Annual statistical returns and brief notes on vaccination in Bengal - 1909-1929
Year: 1909
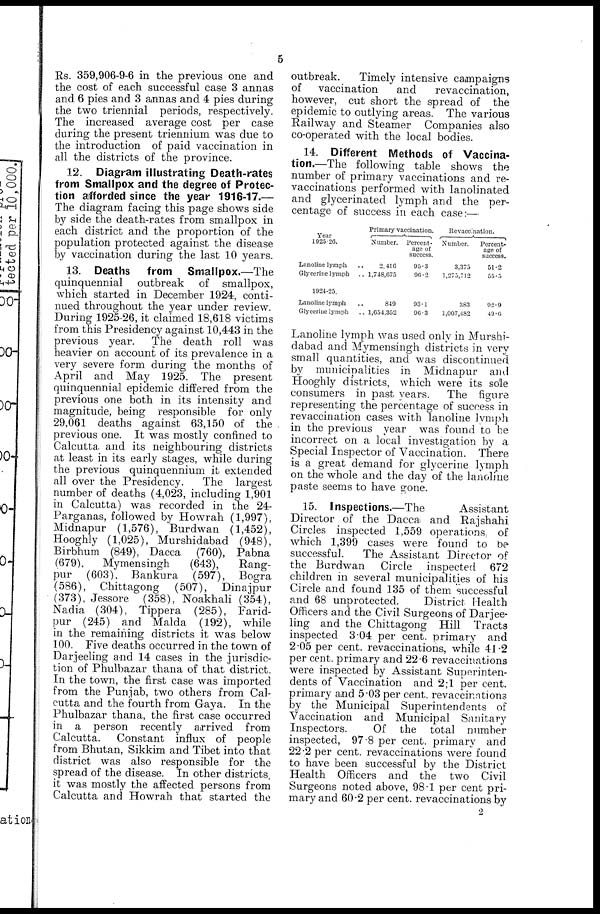
5
Rs. 359,906-9-6 in the previous one and
the cost of each successful case 3 annas
and 6 pies and 3 annas and 4 pies during
the two triennial periods, respectively.
The increased average cost per case
during the present triennium was due to
the introduction of paid vaccination in
all the districts of the province.
12. Diagram illustrating Death-rates
from Smallpox and the degree of Protec-
tion afforded since the year 1916-17.—
The diagram facing this page shows side
by side the death-rates from smallpox in
each district and the proportion of the
population protected against the disease
by vaccination during the last 10 years.
13. Deaths from Smallpox.—The
quinquennial outbreak of smallpox,
which started in December 1924, conti-
nued throughout the year under review.
During 1925-26, it claimed 18,618 victims
from this Presidency against 10,443 in the
previous year. The death roll was
heavier on account of its prevalence in a
very severe form during the months of
April and May 1925. The present
quinquennial epidemic differed from the
previous one both in its intensity and
magnitude, being responsible for only
29,061 deaths against 63,150 of the
previous one. It was mostly confined to
Calcutta and its neighbouring districts
at least in its early stages, while during
the previous quinquennium it extended
all over the Presidency.
The largest
number of deaths (4,023, including 1,901
in Calcutta) was recorded in the 24-
Parganas, followed by Howrah (1,997),
Midnapur (1,576), Burdwan (1,452),
Hooghly (1,025), Murshidabad (948),
Birbhum (849), Dacca (760), Pabna
(679),
Mymensingh
(643),
Rang-
pur (603), Bankura (597), Bogra
(586), Chittagong (507), Dinajpur
(373), Jessore (358), Noakhali (354),
Nadia (304), Tippera (285), Farid-
pur (245) and Malda (192), while
in the remaining districts it was below
100. Five deaths occurred in the town of
Darjeeling and 14 cases in the jurisdic-
tion of Phulbazar thana of that district.
In the town, the first case was imported
from the Punjab, two others from Cal-
cutta and the fourth from Gaya. In the
Phulbazar thana, the first case occurred
in a person recently arrived from
Calcutta. Constant influx of people
from Bhutan, Sikkim and Tibet into that
district was also responsible for the
spread of the disease. In other districts,
it was mostly the affected persons from
Calcutta and Howrah that started the
outbreak.
Timely intensive campaigns
of
vaccination
and
revaccination,
however, cut short the spread of the
epidemic to outlying areas. The various
Railway and Steamer Companies also
co-operated with the local bodies.
14. Different Methods of Vaccina-
tion.—The following table shows the
number of primary vaccinations and re-
vaccinations performed with lanolinated
and glycerinated lymph and the per-
centage of success in each case:—
Year
1925-26.
Lanoline lymph ..
Glycerine lymph ..
1924-25.
Lanoline lymph ..
Glycerine lymph ..
Primary vaccination.
Number.
2,410
1,748,075
849
1,054,352
Percent-
age of
success.
95.3
96.2
93.1
96.3
Revaccination.
Number.
3,375
1,275,712
383
1,007,482
Percent-
age of
success.
51.2
55.5
92.9
49.6
Lanoline lymph was used only in Murshi-
dabad and Mymensingh districts in very
small quantities, and was discontinued
by municipalities in Midnapur and
Hooghly districts, which were its sole
consumers in past years.
The figure
representing the percentage of success in
revaccination cases with lanoline lymph
in the previous year was found to be
incorrect on a local investigation by a
Special Inspector of Vaccination. There
is a great demand for glycerine lymph
on the whole and the day of the lanoline
paste seems to have gone.
15. Inspections.—The
Assistant
Director of the Dacca and Rajshahi
Circles inspected 1,559 operations, of
which 1,399 cases were found to be
successful.
The Assistant Director of
the Burdwan Circle inspected 672
children in several municipalities of his
Circle and found 135 of them successful
and 68 unprotected.
District Health
Officers and the Civil Surgeons of Darjee-
ling and the Chittagong Hill Tracts
inspected 3.04 per cent. primary and
2.05 per cent. revaccinations, while 41.2
per cent. primary and 22.6 revaccinations
were inspected by Assistant Superinten-
dents of Vaccination and 2.1 per cent.
primary and 5.03 per cent. revaccinations
by the Municipal Superintendents of
Vaccination and Municipal Sanitary
Inspectors.
Of the total number
inspected, 97.8 per cent. primary and
22.2 per cent. revaccinations were found
to have been successful by the District
Health Officers and the two Civil
Surgeons noted above, 98.1 per cent pri-
mary and 60.2 per cent. revaccinations by
2